Leaving Certificate Examination, 1914
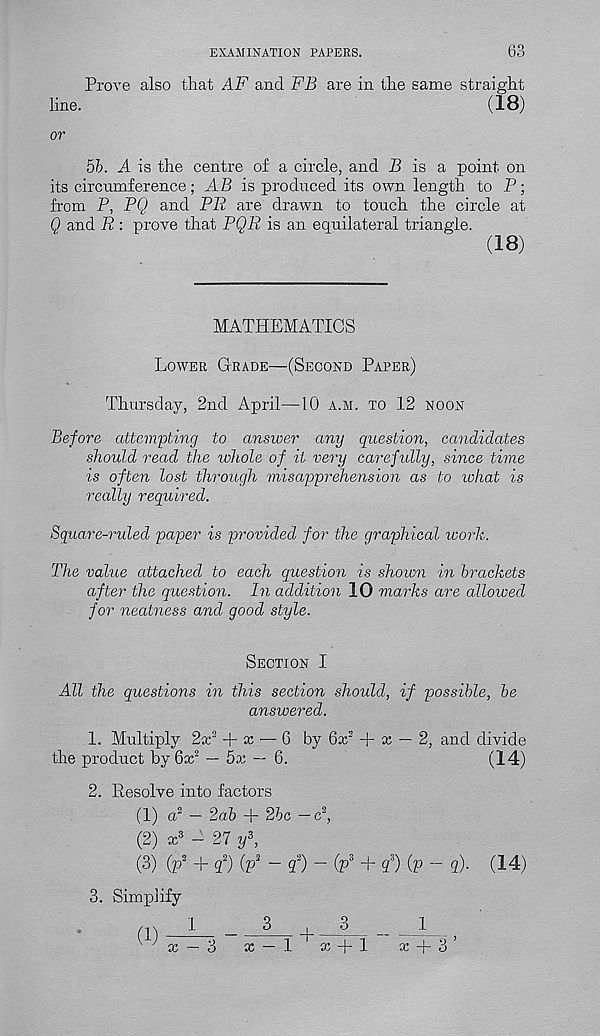
EXAMINATION PAPERS.
63
Prove also that AF and FB are in the same straight
line.
(18)
or
56. A is the centre of a circle, and P is a point on
its circumference; AB is produced its own length to P;
from P, PQ and PR are drawn to touch the circle at
Q and R : prove that PQR is an equilateral triangle.
(18)
MATHEMATICS
Lower Grade—(Second Paper)
Thursday, 2nd April—10 a.m. to 12 noon
Before attempting to answer any question, candidates
should read the ivhole of it very carefully, since time
is often lost through misapprehension as to lohat is
really required.
Square-ruled paper is provided for the graphical worh.
The value attached to each question is shown in brackets
after the question. In addition 10 marks are allowed
for neatness and good style.
Section I
All the questions in this section should, if possible, be
answered.
1. Multiply 2a: 3 + cc — 6 by 6x 2 + x — 2, and divide
the product by6x 2 — 5x — 6.
(14)
2. Resolve into factors
(1) a 2 - 2ab + 26c -c 2 ,
(2) x 3 - 27 y\
(3) (p 2 + cjf) (p 2 - <£) - (p 3 + g 3 ) (p - q). (14)
3. Simplify
x — 3
x — 1
x + 1
x + 3’